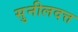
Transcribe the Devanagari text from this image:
सुनीलदत्त